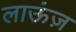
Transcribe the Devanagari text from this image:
लाऊंज़